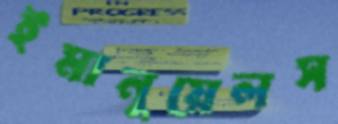
ইমানুয়েলস